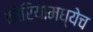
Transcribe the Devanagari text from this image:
कोरियामध्येच